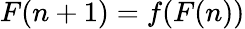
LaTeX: F(n+1)=f(F(n))